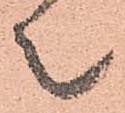
之